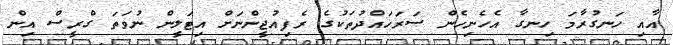
އާއި ހަނގުރާމަ ހިނގާ އެހެނިހެން ސަރަހައްދުތަކުގެ ރެފިއުޖީންނަށް އިޓަލީން ނުވަތަ ގްރީސް އިން